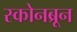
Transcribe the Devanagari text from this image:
स्कोनब्रून